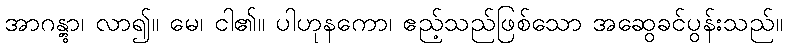
အာဂန္တွာ၊ လာ၍။ မေ၊ ငါ၏။ ပါဟုနကော၊ ဧည့်သည်ဖြစ်သော အဆွေခင်ပွန်းသည်။